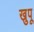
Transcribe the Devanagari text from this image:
खुपू